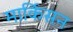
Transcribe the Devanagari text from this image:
मार्किसन